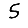
Digit: 5